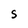
Character: S